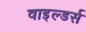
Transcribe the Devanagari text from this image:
वाइल्डर्स